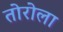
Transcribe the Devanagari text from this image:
तोरोला